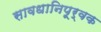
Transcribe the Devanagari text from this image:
सावधानिपूर्वक